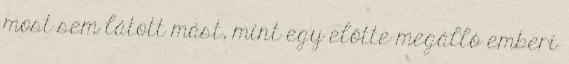
most sem látott mást, mint egy előtte megálló emberi